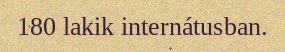
180 lakik internátusban.